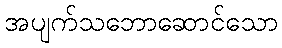
အပျက်သဘောဆောင်သော